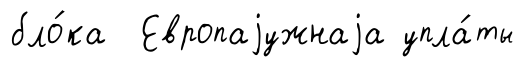
бло́ка Европаjужнаjа упла́ты